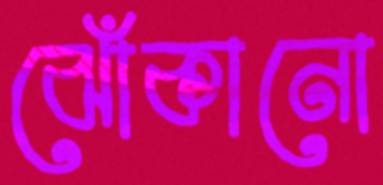
ঝোঁকানো